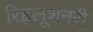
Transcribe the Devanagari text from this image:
रिह्वलूशनरी